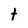
Character: t